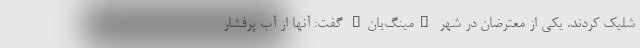
شلیک کردند. یکی از معترضان در شهر "مینگ‌یان" گفت: آنها از آب پرفشار